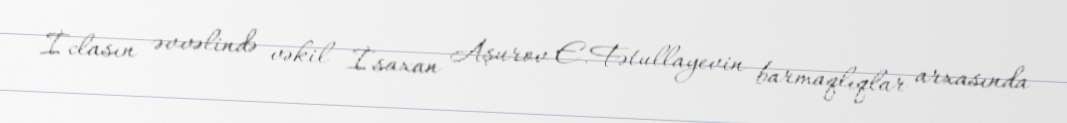
İclasın əvvəlində vəkil İsaxan Aşurov E.Fətullayevin barmaqlıqlar arxasında